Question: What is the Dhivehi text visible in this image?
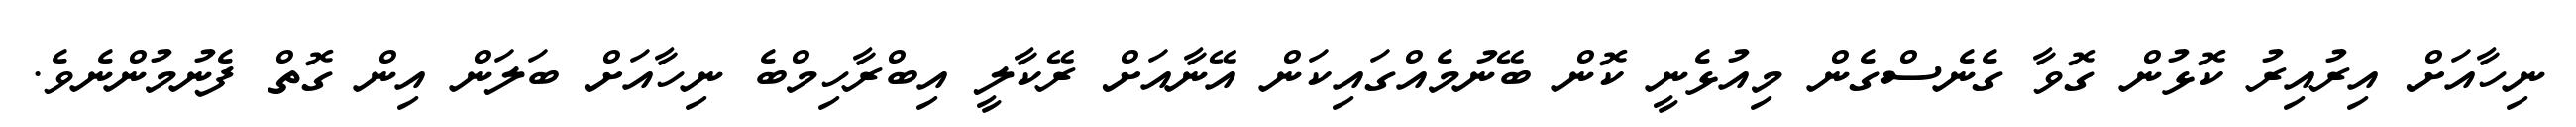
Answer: ނިހާއަށް އިރުއިރު ކޮޅުން ގޮވާ ގެނެސްގެން މިއުޅެނީ ކޮން ބޭނުމެއްގައިކަން އޭނާއަށް ރޭކާލީ އިބްރާހިމްބެ ނިހާއަށް ބަލަން އިން ގޮތް ފެނުމުންނެވެ.